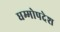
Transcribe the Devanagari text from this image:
धम्मोपदेश